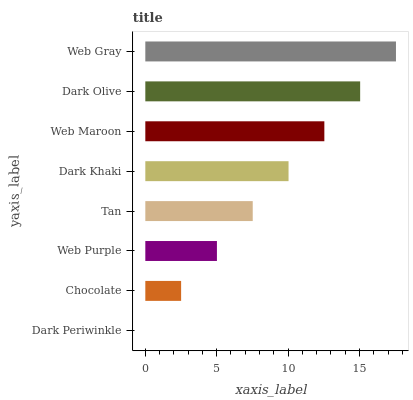
| yaxis_label | bars |
 | --- | --- |
 | Dark Periwinkle | 0 |
 | Chocolate | 2.51 |
 | Web Purple | 5.01 |
 | Tan | 7.52 |
 | Dark Khaki | 10 |
 | Web Maroon | 12.5 |
 | Dark Olive | 15 |
 | Web Gray | 17.6 |